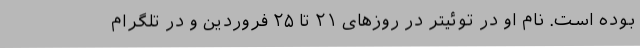
بوده است. نام او در توئیتر در روزهای ۲۱ تا ۲۵ فروردین و در تلگرام